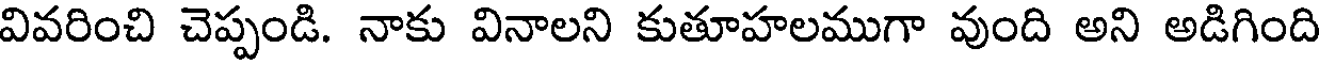
వివరించి చెప్పండి. నాకు వినాలని కుతూహలముగా వుంది అని అడిగింది